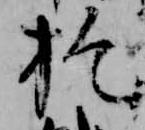
於